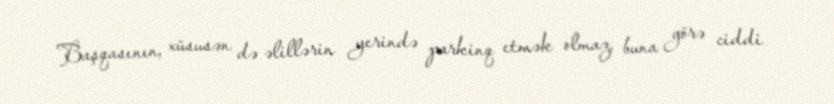
Başqasının, xüsusən də əlillərin yerində parkinq etmək olmaz, buna görə ciddi